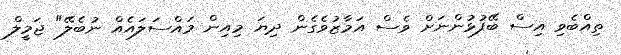
ތިއްބެވި އިސް ބޭފުޅުންނަށް ވެސް އަމާޒުވެގެން ދިޔަ މިއިން މައްސަލައެއް ނުބެލޭ" ޖަމީލް